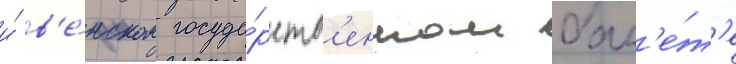
и́ в'е́нском госуда́рств'енном бал'е́т'е